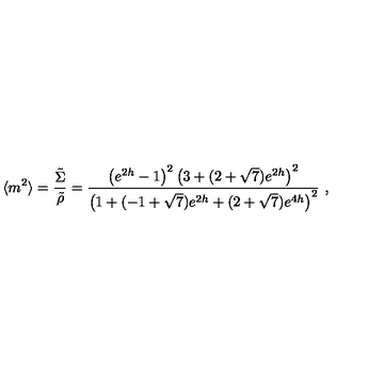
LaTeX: \langle m ^ { 2 } \rangle = { \frac { \tilde { \Sigma } } { \tilde { \rho } } } = { \frac { \left( e ^ { 2 h } - 1 \right) ^ { 2 } \left( 3 + ( 2 + \sqrt { 7 } ) e ^ { 2 h } \right) ^ { 2 } } { \left( 1 + ( - 1 + \sqrt { 7 } ) e ^ { 2 h } + ( 2 + \sqrt { 7 } ) e ^ { 4 h } \right) ^ { 2 } } } \ ,